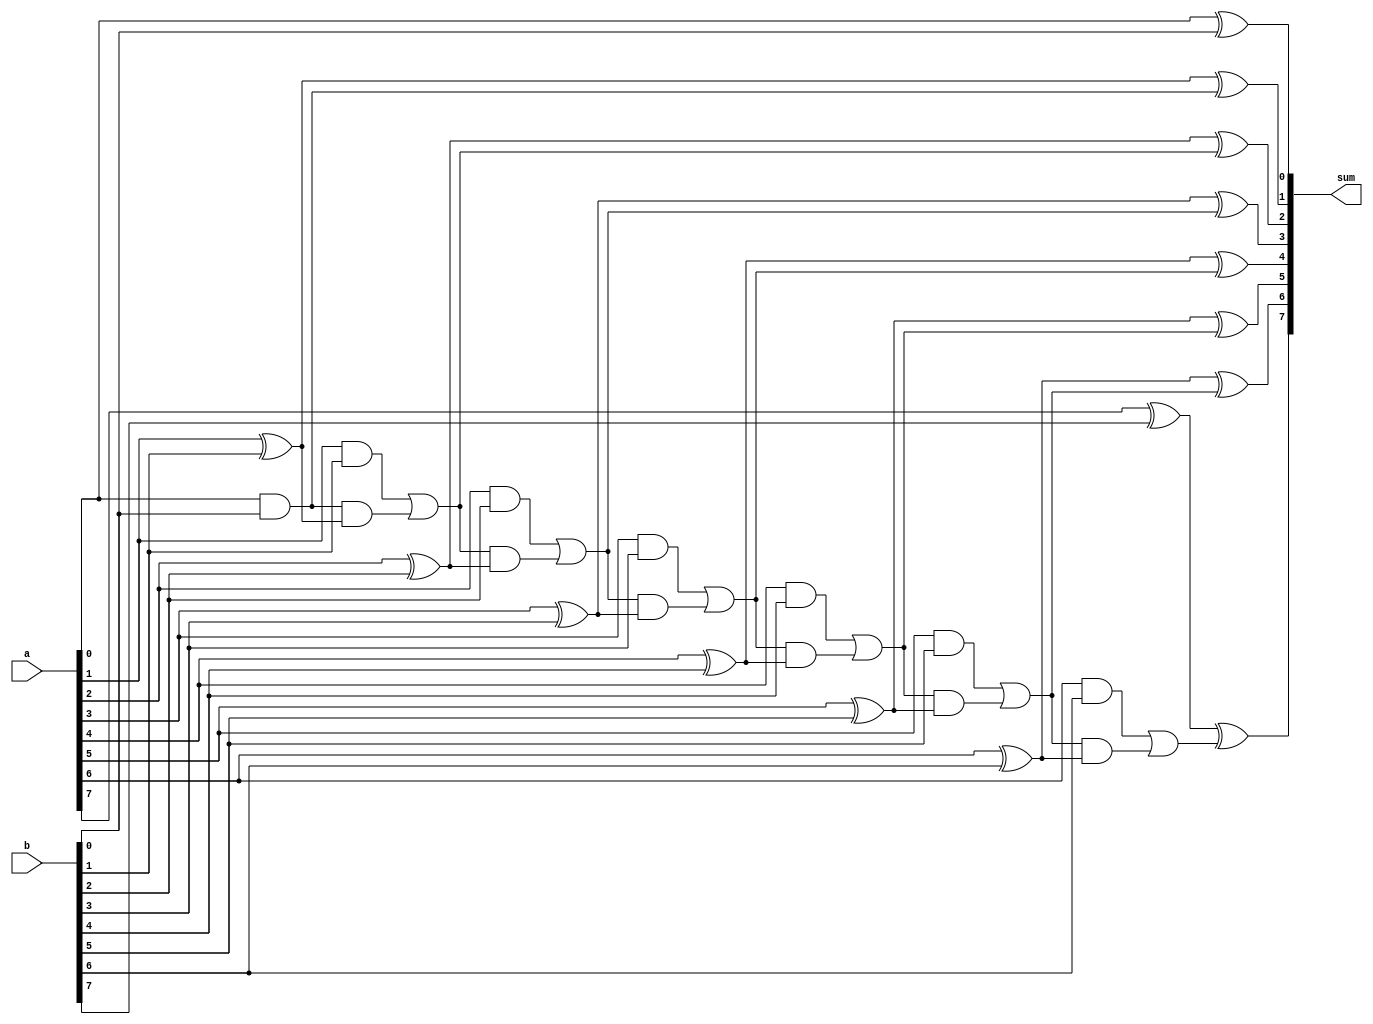
// (C) 2001-2016 Intel Corporation. All rights reserved.
// Your use of Intel Corporation's design tools, logic functions and other 
// software and tools, and its AMPP partner logic functions, and any output 
// files any of the foregoing (including device programming or simulation 
// files), and any associated documentation or information are expressly subject 
// to the terms and conditions of the Intel Program License Subscription 
// Agreement, Intel MegaCore Function License Agreement, or other applicable 
// license agreement, including, without limitation, that your use is for the 
// sole purpose of programming logic devices manufactured by Intel and sold by 
// Intel or its authorized distributors.  Please refer to the applicable 
// agreement for further details.


`timescale 1 ns / 1 ns

// ----------------------------------------------
// Adder for the standard arbitrator
// ----------------------------------------------
module seq_altera_merlin_arb_adder
#(
    parameter WIDTH = 8
)
(
    input [WIDTH-1:0] a,
    input [WIDTH-1:0] b,

    output [WIDTH-1:0] sum
);

    // ----------------------------------------------
    // Benchmarks indicate that for small widths, the full
    // adder has higher fmax because synthesis can merge
    // it with the mux, allowing partial decisions to be 
    // made early.
    //
    // The magic number is 4 requesters, which means an
    // 8 bit adder.
    // ----------------------------------------------
    genvar i;
    generate if (WIDTH <= 8) begin : full_adder

        wire cout[WIDTH-1:0];

        assign sum[0]  = (a[0] ^ b[0]);
        assign cout[0] = (a[0] & b[0]);

        for (i = 1; i < WIDTH; i = i+1) begin : arb

            assign sum[i] = (a[i] ^ b[i]) ^ cout[i-1];
            assign cout[i] = (a[i] & b[i]) | (cout[i-1] & (a[i] ^ b[i]));

        end

    end else begin : carry_chain

        assign sum = a + b;

    end
    endgenerate

endmodule